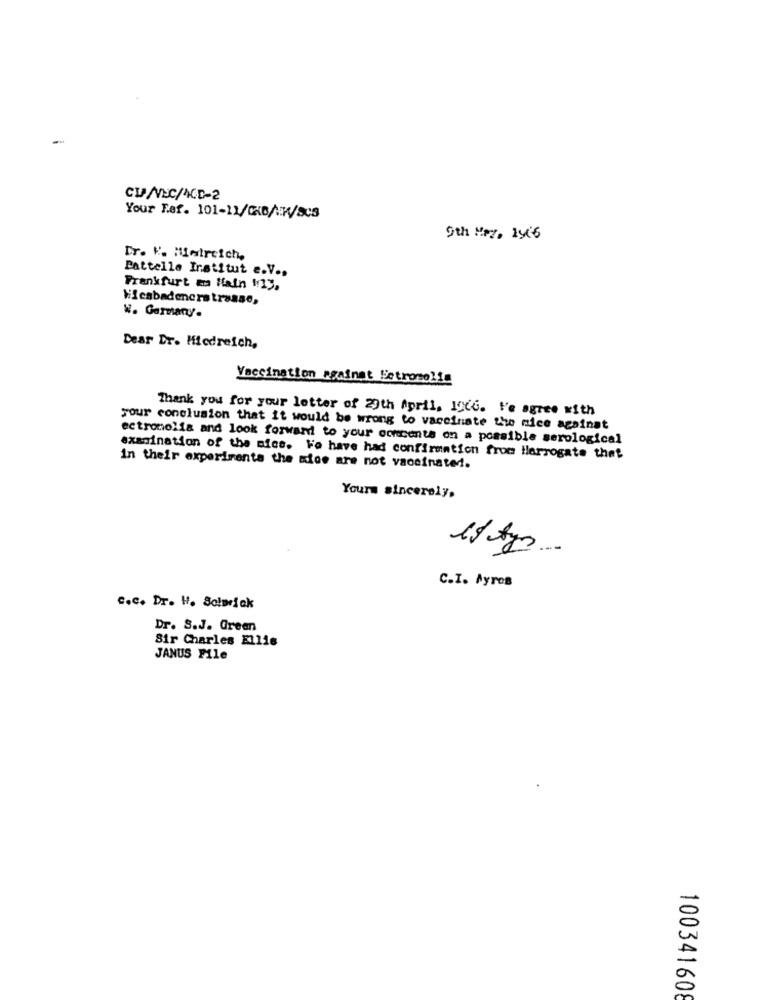
CV/VDC/ACD-2
Your Fef. 101-11/GKB/W/SC3
9th May. 196
Dr. K. Maireich,
Pattelle Institut e.V .,
Frankfurt ma Hain 1:13,
Wiesbadencrstrasse,
W. Germany.
Dear Dr. Micdreich,
Vaccination mainat Detromolie
Thank you for your letter of 20th April. I966. 1'e agree with
your conclusion that it would be wrong to vaccinate the nice against
ectronolia and look forward to your concente on a possible serological
examination of the mics. We have had confirmation from Harrogate that
in their experimenta the side are not vaccinated.
Yours sincerely.
C.I. Ayros
c.c. Dr. H. Solorick
Dr. S.J. Green
Sir Charles Ellis
JANUS File
100341608